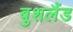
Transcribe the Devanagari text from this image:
बुशलैंड